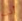
أنت